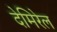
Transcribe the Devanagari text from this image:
देमिरेल